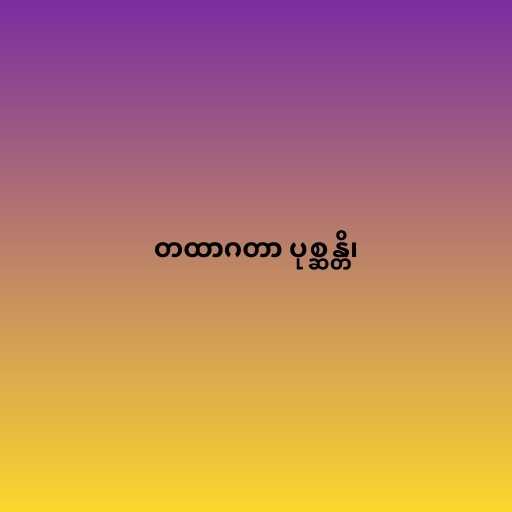
တထာဂတာ ပုစ္ဆန္တိ၊